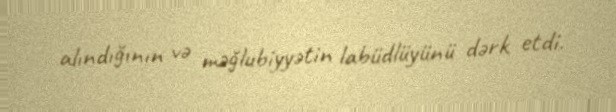
alındığının və məğlubiyyətin labüdlüyünü dərk etdi.